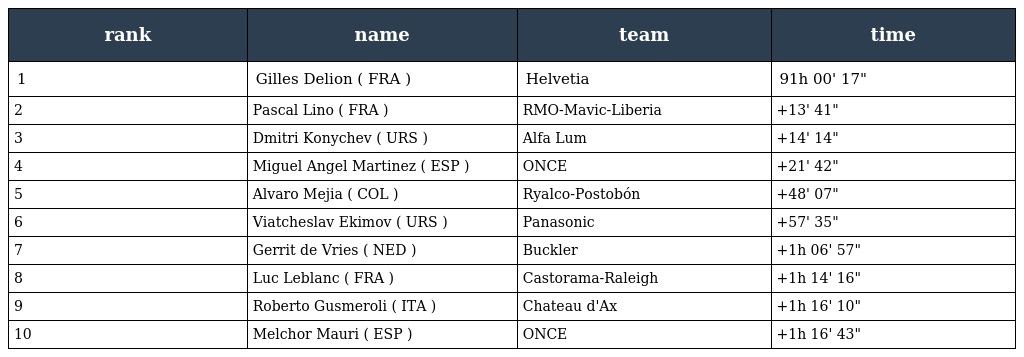
| rank | name | team | time |
 | --- | --- | --- | --- |
 | 1 | Gilles Delion ( FRA ) | Helvetia | 91h 00' 17" |
 | 2 | Pascal Lino ( FRA ) | RMO-Mavic-Liberia | +13' 41" |
 | 3 | Dmitri Konychev ( URS ) | Alfa Lum | +14' 14" |
 | 4 | Miguel Angel Martinez ( ESP ) | ONCE | +21' 42" |
 | 5 | Alvaro Mejia ( COL ) | Ryalco-Postobón | +48' 07" |
 | 6 | Viatcheslav Ekimov ( URS ) | Panasonic | +57' 35" |
 | 7 | Gerrit de Vries ( NED ) | Buckler | +1h 06' 57" |
 | 8 | Luc Leblanc ( FRA ) | Castorama-Raleigh | +1h 14' 16" |
 | 9 | Roberto Gusmeroli ( ITA ) | Chateau d'Ax | +1h 16' 10" |
 | 10 | Melchor Mauri ( ESP ) | ONCE | +1h 16' 43" |